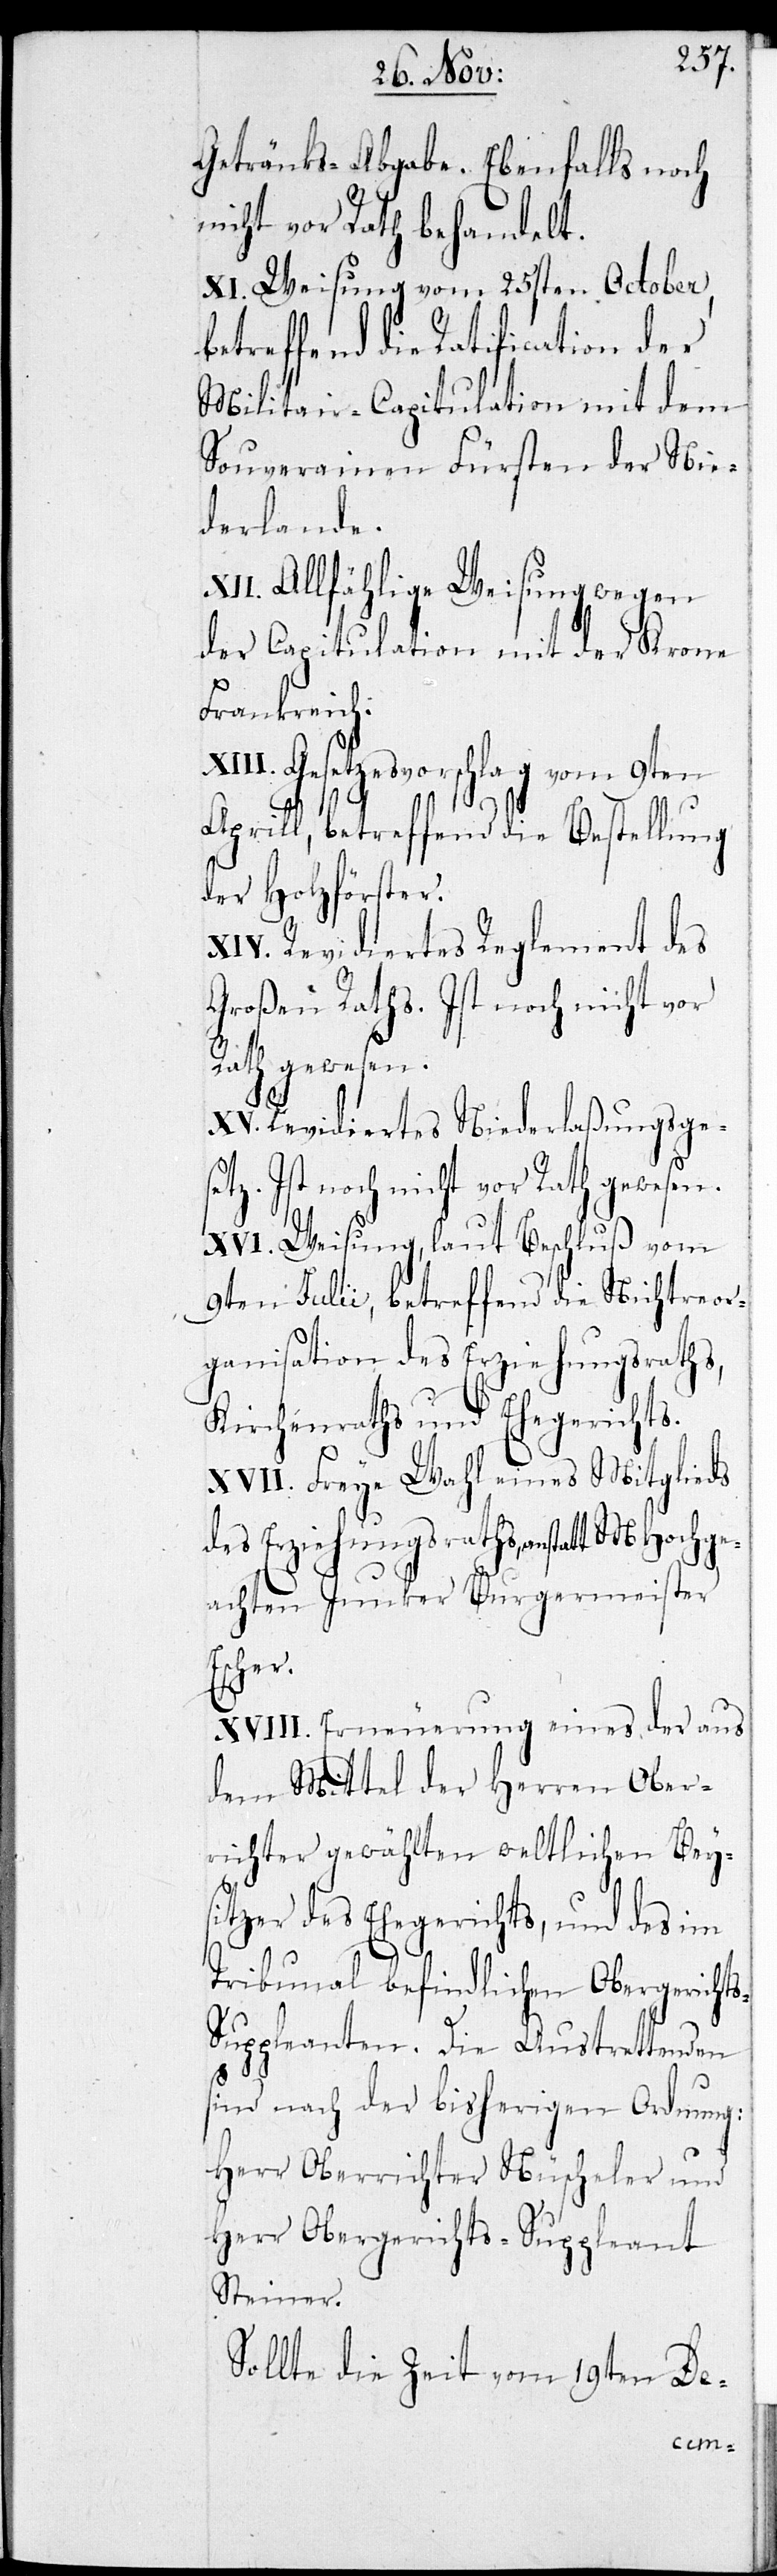
Getränks-Abgabe. Ebenfalls noch
nicht vor Rath behandelt.
XI. Weisung vom 25sten October
betreffend die Ratification der
Militair-Capitulation mit dem
Souverainen Fürsten der Nie¬
derlande.
XII. Allfählige Weisung wegen
der Capitulation mit der Krone
Frankreich.
XIII. Gesetzesvorschlag vom 9ten
Aprill, betreffend die Bestellung
der Holzförster.
XIV. Revidiertes Reglement des
Großen Raths. Ist noch nicht vor
Rath gewesen.
XV. Revidiertes Niederlaßungsges¬
etz. Ist noch nicht vor Rath gewesen.
XVI. Weisung, laut Beschluß vom
9ten Julii, betreffend die Nichtreor¬
ganisation des Erziehungsraths,
Kirchenraths und Ehegerichts.
XVII. Freye Wahl eines Mitglieds
des Erziehungsraths anstatt MHochge¬
achten Junker Burgermeister
Escher.
XVIII. Erneuerung eines der aus
dem Mittel der Herren Ober¬
richter gewählten weltlichen Beys¬
itzer des Ehegerichts, und des im
Tribunal befindlichen Obergericht¬
uppleanten. Die Austrettenden
sind nach der bisherigen Ordnung:
Herr Oberrichter Nüscheler und
Herr Obergerichts-Suppleant
Steiner.
Sollte die Zeit vom 19ten De-
s-S¬